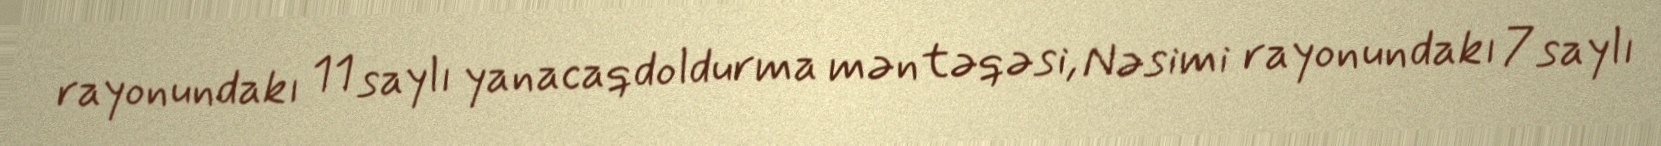
rayonundakı 11 saylı yanacaqdoldurma məntəqəsi, Nəsimi rayonundakı 7 saylı